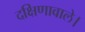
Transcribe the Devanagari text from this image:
दक्षिणावाले।